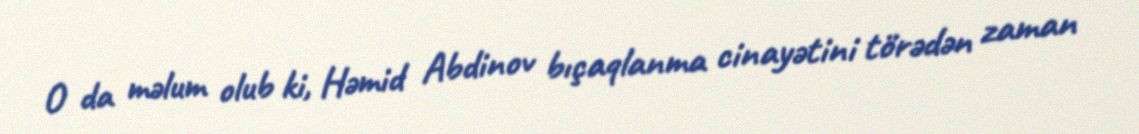
O da məlum olub ki, Həmid Abdinov bıçaqlanma cinayətini törədən zaman